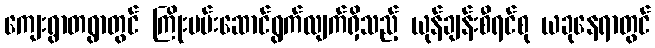
ကျေးရွာတရွာတွင် ကြိုးပမ်းဆောင်ရွက်လျက်ရှိသည့် ယုန်ချန်းစီရင်စု ယခုနေရာတွင်